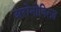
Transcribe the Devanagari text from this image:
अरोनोवित्ज़